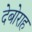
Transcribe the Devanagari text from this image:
देबोराह